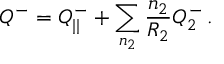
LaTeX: Q ^ { - } = Q _ { | | } ^ { - } + \sum _ { n _ { 2 } } \frac { n _ { 2 } } { R _ { 2 } } Q _ { 2 } ^ { - } \, .